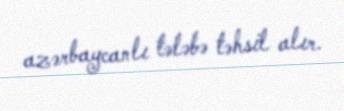
azərbaycanlı tələbə təhsil alır.